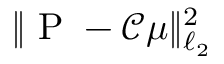
\| \mathrm { ~ P ~ } - { \mathscr C } \mu \| _ { \ell _ { 2 } } ^ { 2 }